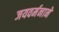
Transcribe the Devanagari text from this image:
जयवर्मनाने